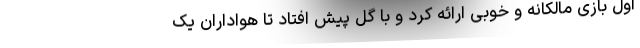
اول بازی مالکانه و خوبی ارائه کرد و با گل پیش افتاد تا هواداران یک